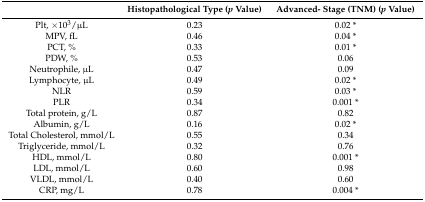
|  | Histopathological Type (p Value) | Advanced- Stage (TNM) (p Value) |
 | --- | --- | --- |
 | Plt, ×103/μL | 0.23 | 0.02 * |
 | MPV, fL | 0.46 | 0.04 * |
 | PCT, % | 0.33 | 0.01 * |
 | PDW, % | 0.53 | 0.06 |
 | Neutrophile, μL | 0.47 | 0.09 |
 | Lymphocyte, μL | 0.49 | 0.02 * |
 | NLR | 0.59 | 0.03 * |
 | PLR | 0.34 | 0.001 * |
 | Total protein, g/L | 0.87 | 0.82 |
 | Albumin, g/L | 0.16 | 0.02 * |
 | Total Cholesterol, mmol/L | 0.55 | 0.34 |
 | Triglyceride, mmol/L | 0.32 | 0.76 |
 | HDL, mmol/L | 0.80 | 0.001 * |
 | LDL, mmol/L | 0.60 | 0.98 |
 | VLDL, mmol/L | 0.40 | 0.60 |
 | CRP, mg/L | 0.78 | 0.004 * |